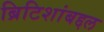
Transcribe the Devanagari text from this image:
ब्रिटिशांबद्दल